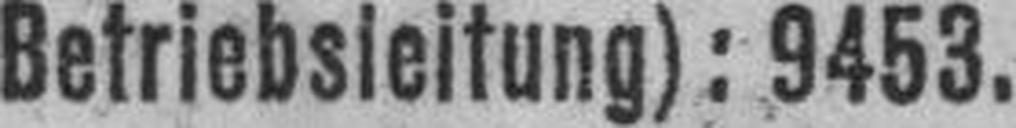
Betriebsleitung): 9453.